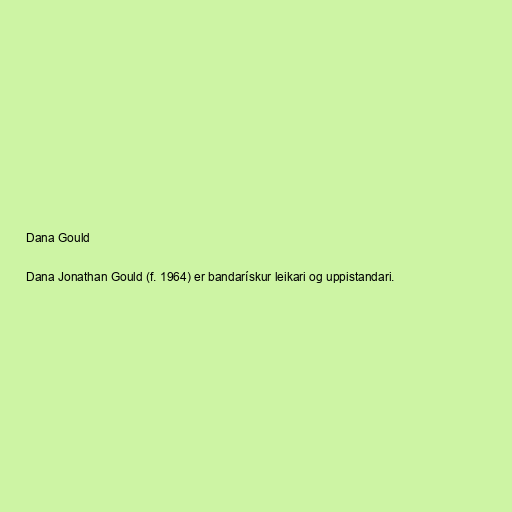
Dana Gould

Dana Jonathan Gould (f. 1964) er bandarískur leikari og uppistandari.